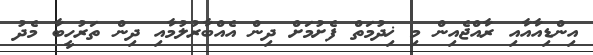
އިންޑިއާއާއި ރާއްޖެއިން މި ޚިދުމަތް ފެށުމަށް ދިން އެއްބާރުލުމާއި ދިން ތަރުހީބާ މެދު